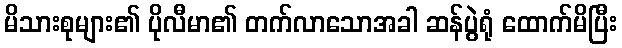
မိသားစုများ၏ ပိုလီမာ၏ တက်လာသောအခါ ဆန်ပွဲရုံ ထောက်မိပြီး